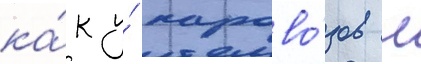
ка́к у́ парово́зов л